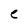
Character: e